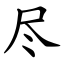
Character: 尽